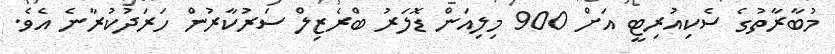
މުބާރާތުގެ ސެކިއުރިޓީ އަށް 900 މިލިއަން ޑޮލަރު ބްރެޒިލް ސަރުކާރުން ހަރަދުކުރާނެ އެވެ.